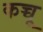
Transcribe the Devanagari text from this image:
कच्चू